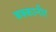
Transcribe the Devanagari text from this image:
बक्कानीर